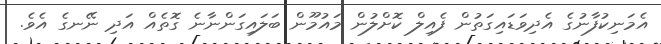
އެމަނިކުފާނުގެ އެދިވަޑައިގަތުން ފެއިލް ކޮށްލުން މައުމޫން ބަލައިގަންނާނެ ގޮތެއް އަދި ނޭނގެ އެވެ.